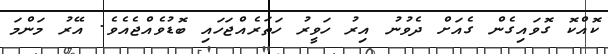
ކޮއްކޮ ގޮވައިގެން ގެއަށް ދެވުނު އިރު ހަވީރު ހަތަރެއްޖަހައި ބޮޑުވެއްޖެއެވެ. އޭރު މަންމަ